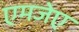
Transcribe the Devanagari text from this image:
एमजेए